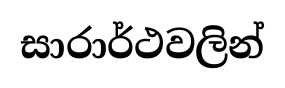
සාරාර්ථවලින්